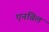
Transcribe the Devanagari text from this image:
एनविल